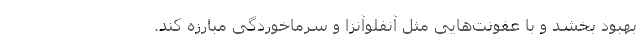
بهبود بخشد و با عفونت‌هایی مثل آنفلوآنزا و سرماخوردگی مبارزه کند.